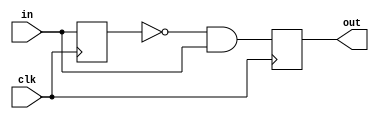
module find_rise(input clk, input in, output reg out);
    reg prev;

    always @(posedge clk)
    begin
        prev    <= in;
        out     <= !prev && in;
    end
endmodule